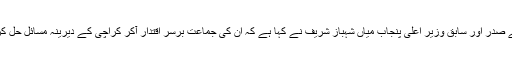
پارٹی کے صدر اور سابق وزیرِ اعلیٰ پنجاب میاں شہباز شریف نے کہا ہے کہ ان کی جماعت برسرِ اقتدار آکر کراچی کے دیرینہ مسائل حل کردے گی۔